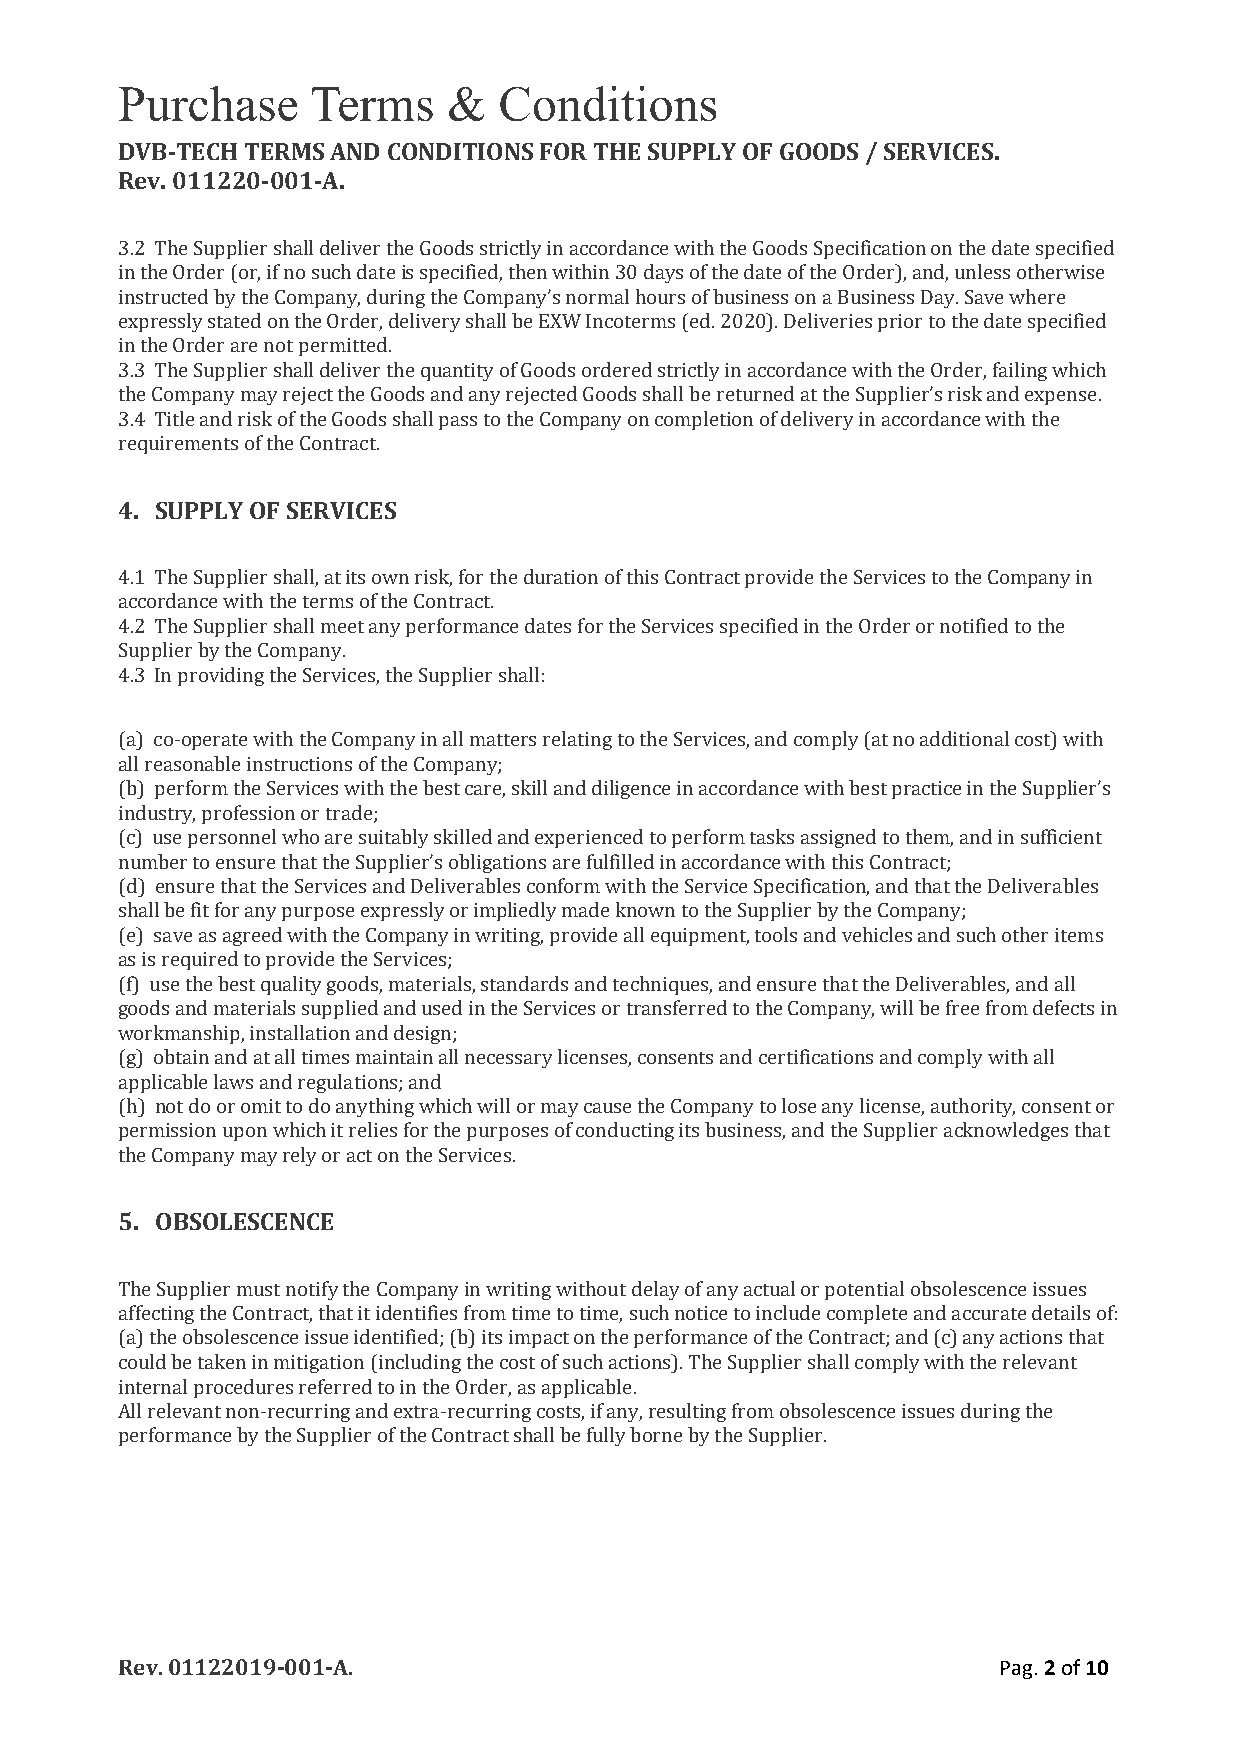
Purchase     Terms    &  Conditions
 DVB-TECH TERMS AND CONDITIONS FOR THE SUPPLY OF GOODS / SERVICES.
 Rev. 011220-001-A.
 3.2 The Supplier shall deliver the Goods strictly in accordance with the Goods Specification on the date specified
 in the Order (or, if no such date is specified, then within 30 days of the date of the Order), and, unless otherwise
 instructed by the Company, during the Company’s normal hours of business on a Business Day. Save where
 expressly stated on the Order, delivery shall be EXW Incoterms (ed. 2020). Deliveries prior to the date specified
 in the Order are not permitted.
 3.3 The Supplier shall deliver the quantity of Goods ordered strictly in accordance with the Order, failing which
 the Company may reject the Goods and any rejected Goods shall be returned at the Supplier’s risk and expense.
 3.4 Title and risk of the Goods shall pass to the Company on completion of delivery in accordance with the
 requirements of the Contract.
 4. SUPPLY OF SERVICES
 4.1 The Supplier shall, at its own risk, for the duration of this Contract provide the Services to the Company in
 accordance with the terms of the Contract.
 4.2 The Supplier shall meet any performance dates for the Services specified in the Order or notified to the
 Supplier by the Company.
 4.3 In providing the Services, the Supplier shall:
 (a) co-operate with the Company in all matters relating to the Services, and comply (at no additional cost) with
 all reasonable instructions of the Company;
 (b) perform the Services with the best care, skill and diligence in accordance with best practice in the Supplier’s
 industry, profession or trade;
 (c) use personnel who are suitably skilled and experienced to perform tasks assigned to them, and in sufficient
 number to ensure that the Supplier’s obligations are fulfilled in accordance with this Contract;
 (d) ensure that the Services and Deliverables conform with the Service Specification, and that the Deliverables
 shall be fit for any purpose expressly or impliedly made known to the Supplier by the Company;
 (e) save as agreed with the Company in writing, provide all equipment, tools and vehicles and such other items
 as is required to provide the Services;
 (f) use the best quality goods, materials, standards and techniques, and ensure that the Deliverables, and all
 goods and materials supplied and used in the Services or transferred to the Company, will be free from defects in
 workmanship, installation and design;
 (g) obtain and at all times maintain all necessary licenses, consents and certifications and comply with all
 applicable laws and regulations; and
 (h) not do or omit to do anything which will or may cause the Company to lose any license, authority, consent or
 permission upon which it relies for the purposes of conducting its business, and the Supplier acknowledges that
 the Company may rely or act on the Services.
 5. OBSOLESCENCE
 The Supplier must notify the Company in writing without delay of any actual or potential obsolescence issues
 affecting the Contract, that it identifies from time to time, such notice to include complete and accurate details of:
 (a) the obsolescence issue identified; (b) its impact on the performance of the Contract; and (c) any actions that
 could be taken in mitigation (including the cost of such actions). The Supplier shall comply with the relevant
 internal procedures referred to in the Order, as applicable.
 All relevant non-recurring and extra-recurring costs, if any, resulting from obsolescence issues during the
 performance by the Supplier of the Contract shall be fully borne by the Supplier.
 Rev. 01122019-001-A.                                      Pag. 2 of 10